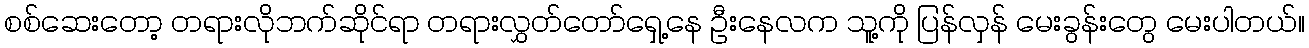
စစ်ဆေးတော့ တရားလိုဘက်ဆိုင်ရာ တရားလွှတ်တော်ရှေ့နေ ဦးနေလက သူ့ကို ပြန်လှန် မေးခွန်းတွေ မေးပါတယ်။